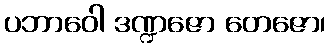
ပဘာဝေါ ဒဏ္ဍဇော တေဇော၊